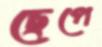
ছেপে